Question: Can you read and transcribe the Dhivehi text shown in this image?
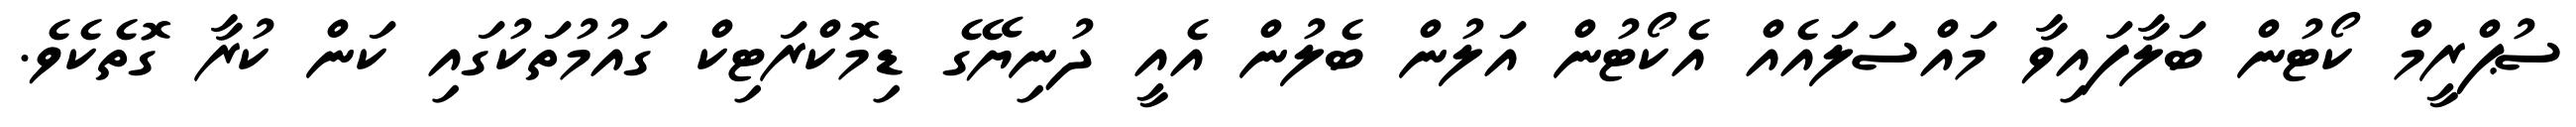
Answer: ސުޕްރީމް ކޯޓުން ބަލާފައިވާ މައްސަލައެއް އެކޯޓުން އަލުން ބެލުން އެއީ ދުނިޔޭގެ ޑިމޮކްރަޓިކް ގައުމުތަކުގައި ކަން ކުރާ ގޮތެކެވެ.